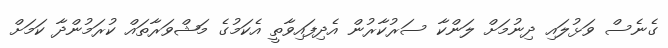
ގެނެސް ވަޅުލައި ދިނުމަށް ލަންކާ ސަރުކާރުން އެދިފައިވާތީ އެކަމުގެ މަޝްވަރާތައް ކުރަމުންދާ ކަމަށް